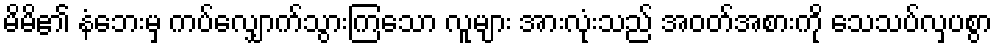
မိမိ၏ နံဘေးမှ ကပ်လျှောက်သွားကြသော လူများ အားလုံးသည် အဝတ်အစားကို သေသပ်လှပစွာ